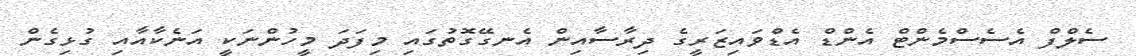
ސެލްފް އެސެސްމެންޓް އެންޑް އެޑްވައިޒަރީގެ ދިރާސާއިން އެނގޭގޮތުގައި މިފަދަ މީހުންނަކީ އަނެކާއާއި ގުޅިގެން